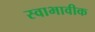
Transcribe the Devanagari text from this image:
स्वाभावीक